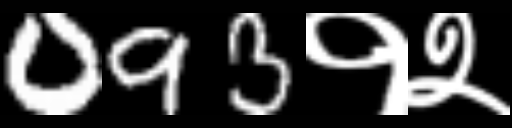
Text: 093१२